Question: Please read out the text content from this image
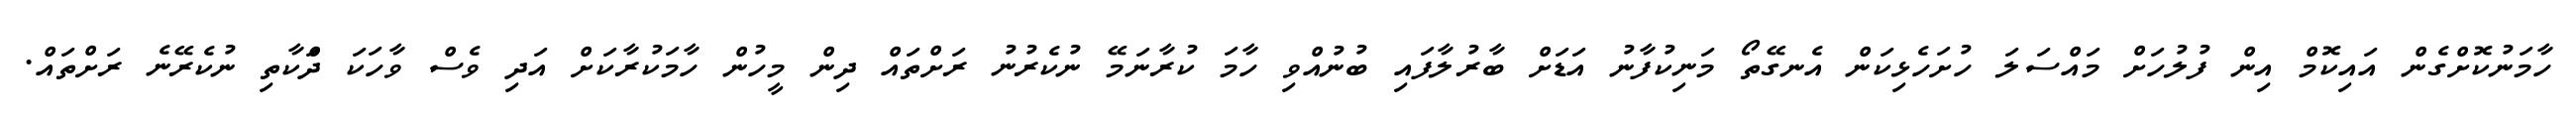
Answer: ހާމަނުކޮށްގެން އައިކޮމް އިން ފުލުހަށް މައްސަލަ ހުށަހެޅިކަން އެނގޭތޯ މަނިކުފާނު އަޑަށް ބާރުލާފައި ބުނުއްވި ހާމަ ކުރާނަމޭ ނުކެރުނު ރަށްތައް ދިން މީހުން ހާމަކުރާކަށް އަދި ވެސް ވާހަކަ ދަްކާތި ނުކެރޭނެ ރަށްތައް.